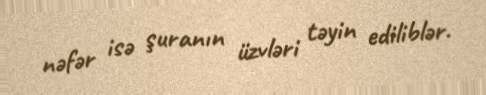
nəfər isə şuranın üzvləri təyin ediliblər.